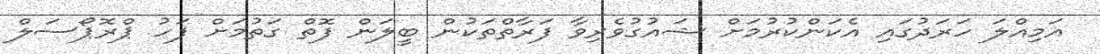
އަމިއްލަ ހަރަދުގައި އެކަންކުރުމަށް ޝައުގުވެރިވާ ފަރާތްތަކުން ބީލަން ފޮތް ގަތުމަށް ފަހު ޕްރޮޕޯސަލް